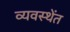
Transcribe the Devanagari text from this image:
व्यवस्थेंत